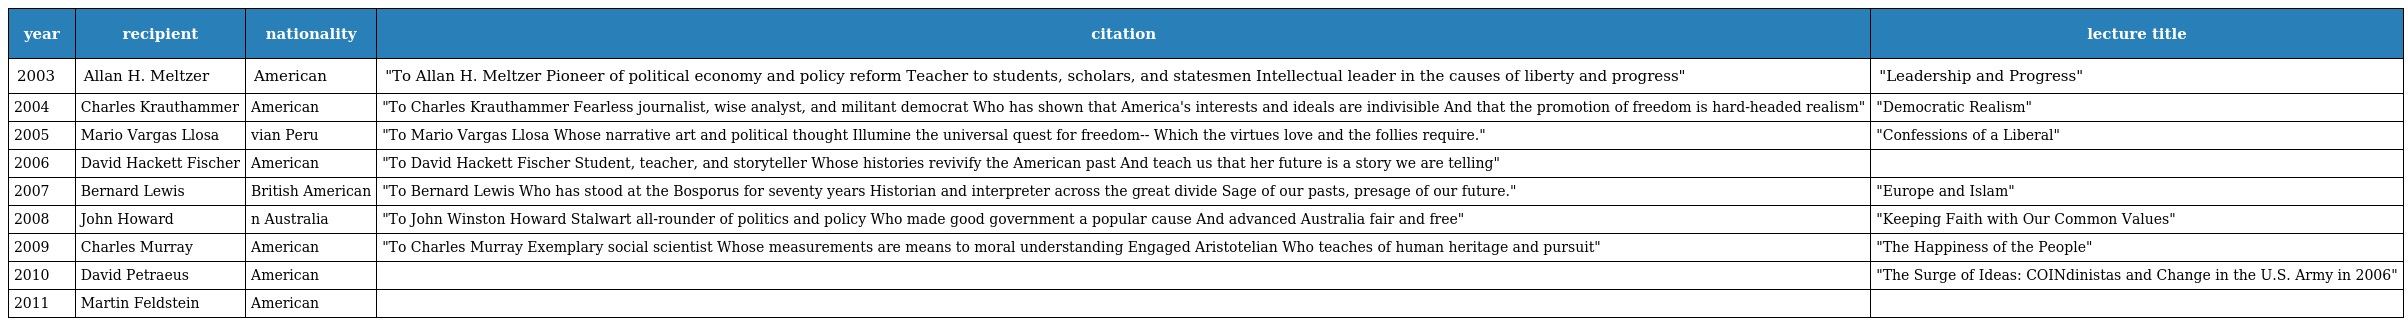
| year | recipient | nationality | citation | lecture title |
 | --- | --- | --- | --- | --- |
 | 2003 | Allan H. Meltzer | American | "To Allan H. Meltzer Pioneer of political economy and policy reform Teacher to students, scholars, and statesmen Intellectual leader in the causes of liberty and progress" | "Leadership and Progress" |
 | 2004 | Charles Krauthammer | American | "To Charles Krauthammer Fearless journalist, wise analyst, and militant democrat Who has shown that America's interests and ideals are indivisible And that the promotion of freedom is hard-headed realism" | "Democratic Realism" |
 | 2005 | Mario Vargas Llosa | vian Peru | "To Mario Vargas Llosa Whose narrative art and political thought Illumine the universal quest for freedom-- Which the virtues love and the follies require." | "Confessions of a Liberal" |
 | 2006 | David Hackett Fischer | American | "To David Hackett Fischer Student, teacher, and storyteller Whose histories revivify the American past And teach us that her future is a story we are telling" |  |
 | 2007 | Bernard Lewis | British American | "To Bernard Lewis Who has stood at the Bosporus for seventy years Historian and interpreter across the great divide Sage of our pasts, presage of our future." | "Europe and Islam" |
 | 2008 | John Howard | n Australia | "To John Winston Howard Stalwart all-rounder of politics and policy Who made good government a popular cause And advanced Australia fair and free" | "Keeping Faith with Our Common Values" |
 | 2009 | Charles Murray | American | "To Charles Murray Exemplary social scientist Whose measurements are means to moral understanding Engaged Aristotelian Who teaches of human heritage and pursuit" | "The Happiness of the People" |
 | 2010 | David Petraeus | American |  | "The Surge of Ideas: COINdinistas and Change in the U.S. Army in 2006" |
 | 2011 | Martin Feldstein | American |  |  |